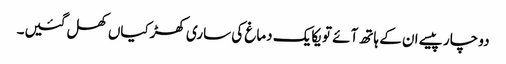
دو چار پیسے ان کے ہاتھ آئے تو یکایک دماغ کی ساری کھڑکیاں کھل گئیں۔